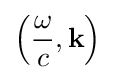
\left({\frac {\omega }{c}},\mathbf {k} \right)